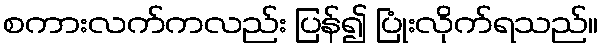
စကားလက်ကလည်း ပြန်၍ ပြုံးလိုက်ရသည်။